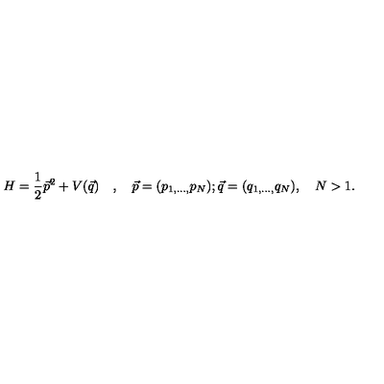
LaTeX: H = \frac { 1 } { 2 } \vec { p } ^ { 2 } + V ( \vec { q } ) \quad , \quad \vec { p } = ( p _ { 1 , \ldots , } p _ { N } ) ; \vec { q } = ( q _ { 1 , \ldots , } q _ { N } ) , \quad N > 1 .